Insane asylums in Bengal annual reports 1876-1887 - 1876-1887
Year: 1876
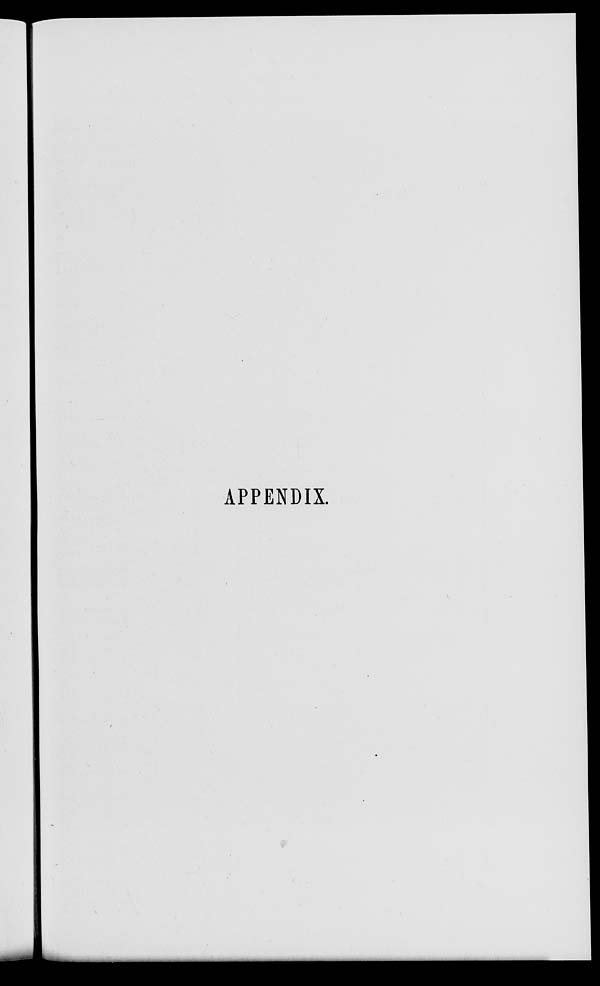
APPENDIX.